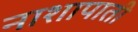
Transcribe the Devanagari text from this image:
नाशापाती